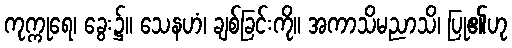
ကုက္ကုရေ၊ ခွေး၌။ သေနဟံ၊ ချစ်ခြင်းကို။ အကာသိမညာသိ၊ ပြု၏ဟု